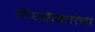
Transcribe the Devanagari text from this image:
गोंधळेकरांचा